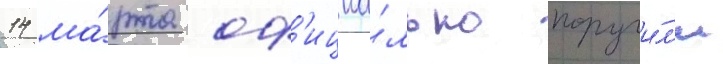
14 ма́рта оф'ициа́льно поручи́л'и